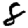
Digit: 8